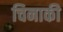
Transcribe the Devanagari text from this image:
चिनाकी